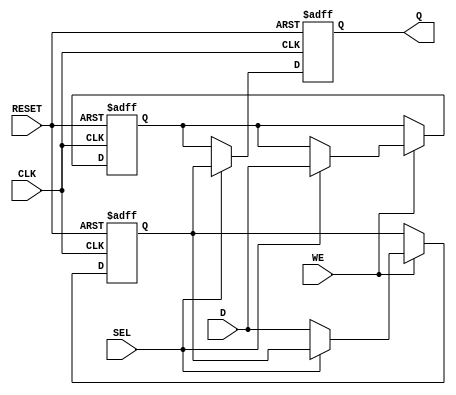
module double_buffer_register (
    input wire [N-1:0] D,        // Data Input
    input wire WE,               // Write Enable
    input wire CLK,              // Clock
    input wire SEL,              // Select Buffer (0 for Buffer A, 1 for Buffer B)
    input wire RESET,            // Optional Reset Signal
    output reg [N-1:0] Q         // Data Output
);

parameter N = 8;               // Data width (can be adjusted as needed)

// Internal Registers for Buffer A and Buffer B
reg [N-1:0] bufferA;
reg [N-1:0] bufferB;

// Asynchronous Reset and Write Operation
always @(posedge CLK or posedge RESET) begin
    if (RESET) begin
        // Initialize both buffers to zero on reset
        bufferA <= {N{1'b0}};
        bufferB <= {N{1'b0}};
        Q <= {N{1'b0}};
    end else begin
        if (WE) begin
            // Write data to the selected buffer
            if (~SEL) begin
                bufferA <= D; // Write to Buffer A
            end else begin
                bufferB <= D; // Write to Buffer B
            end
        end
        // Continuous read operation from the non-selected buffer
        Q <= SEL ? bufferA : bufferB;
    end
end

endmodule